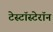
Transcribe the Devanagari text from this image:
टेस्टॉस्टेरॉन